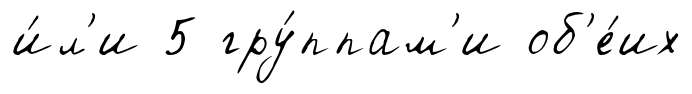
и́л'и 5 гру́ппам'и об'е́их